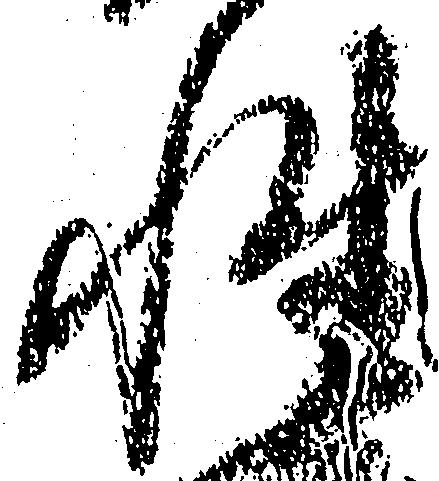
性